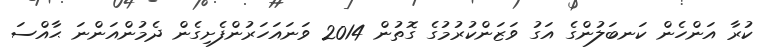
ކުރާ އަންހެން ކަނބަލުންގެ އަގު ވަޒަންކުރުމުގެ ގޮތުން 2014 ވަނައަހަރުންފެށިގެން ދެމުންއަންނަ ޙާއްސަ